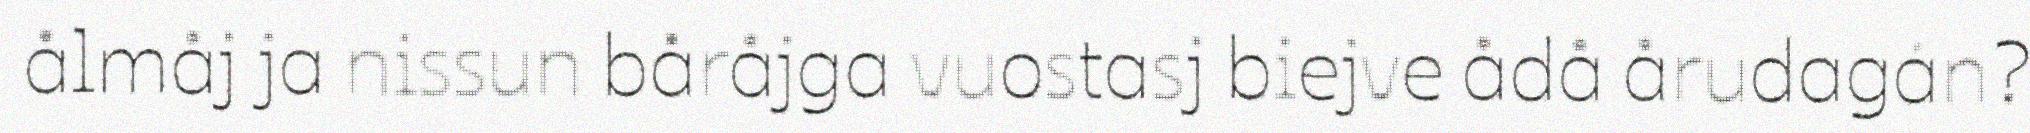
ålmåj ja nissun båråjga vuostasj biejve ådå årudagán?